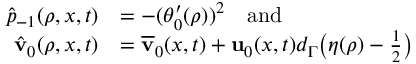
\begin{array} { r l } { \hat { p } _ { - 1 } ( \rho , x , t ) } & { = - ( \theta _ { 0 } ^ { \prime } ( \rho ) ) ^ { 2 } \quad \mathrm { a n d } } \\ { \hat { \mathbf { v } } _ { 0 } ( \rho , x , t ) } & { = \overline { { \mathbf { v } } } _ { 0 } ( x , t ) + \mathbf { u } _ { 0 } ( x , t ) d _ { \Gamma } \big ( \eta ( \rho ) - \frac { 1 } { 2 } \big ) } \end{array}